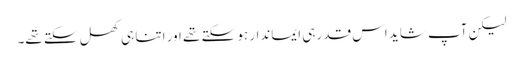
لیکن آپ شاید اس قدر ہی ایماندار ہو سکتے تھے اور اتنا ہی کھل سکتے تھے۔